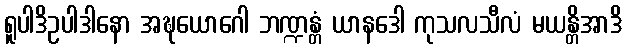
ရူပါဒိဥပါဒါနော အဍ္ဎယောဂေါ ဘဏ္ဍန္တံ ယာနဒေါ ကုသလသီလံ မယန္တိအာဒိ